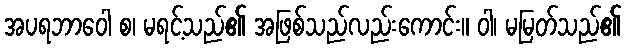
အပရဘာဝေါ စ၊ မရင့်သည်၏ အဖြစ်သည်လည်းကောင်း။ ဝါ၊ မမြတ်သည်၏